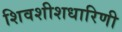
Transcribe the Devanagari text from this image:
शिवशीशधारिणी